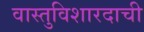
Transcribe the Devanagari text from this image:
वास्तुविशारदाची